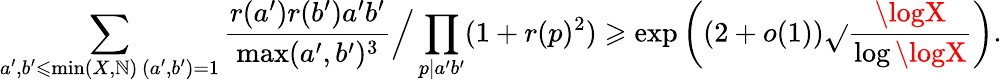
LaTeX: \sum_{\substack{a^{\prime},b^{\prime}\leqslant\operatorname*{min}(X,\mathbb{N})\, (a^{\prime},b^{\prime})=1}}\frac{{r(a^{\prime})r(b^{\prime})a^{\prime}b^{\prime}}}{{\operatorname*{max}(a^{\prime},b^{\prime})^{3}}}\Big/\prod_{p|a^{\prime}b^{\prime}}(1+r(p)^{2})\geqslant\exp\left((2+o(1))\sqrt{}{{\frac{{\logX}}{{\log\logX}}}}\right).